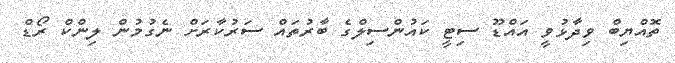
ތޮއްޔިބް ވިދާޅުވީ އައްޑޫ ސިޓީ ކައުންސިލްގެ ބާރުތައް ސަރުކާރަށް ނެގުމުން ލިންކް ރޯޑް